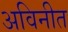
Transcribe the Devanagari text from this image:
अविनीत